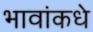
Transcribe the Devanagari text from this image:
भावांकधे